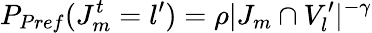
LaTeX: P_{Pref}(J_{m}^{t}=l^{\prime})=\rho|J_{m}\cap V_{l}^{\prime}|^{-\gamma}